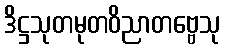
ဒိဋ္ဌသုတမုတဝိညာတဗ္ဗေသု